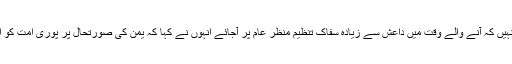
کوئی بعید نہیں کہ آنے والے وقت میں داعش سے زیادہ سفاک تنظیم منظر عام پر آجائے انہوں نے کہا کہ یمن کی صورتحال پر پوری امت کو افسوس ہے۔